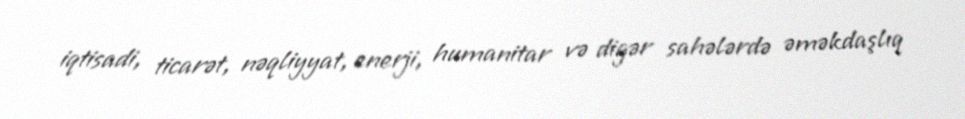
iqtisadi, ticarət, nəqliyyat, enerji, humanitar və digər sahələrdə əməkdaşlıq